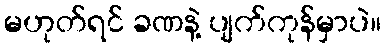
မဟုတ်ရင် ခဏနဲ့ ပျက်ကုန်မှာပဲ။